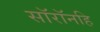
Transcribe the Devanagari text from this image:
सॉरॉनहि